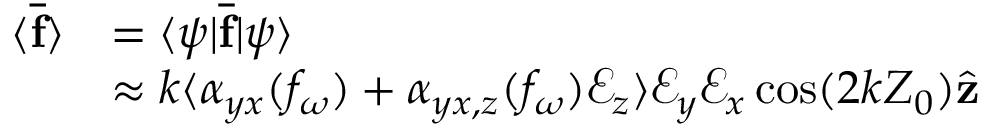
\begin{array} { r l } { \langle \overline { { \mathbf { f } } } \rangle } & { = \langle \psi | \overline { { \mathbf { f } } } | \psi \rangle } \\ & { \approx k \langle \alpha _ { y x } ( f _ { \omega } ) + \alpha _ { y x , z } ( f _ { \omega } ) \mathcal { E } _ { z } \rangle \mathcal { E } _ { y } \mathcal { E } _ { x } \cos ( 2 k Z _ { 0 } ) \hat { \mathbf { z } } } \end{array}